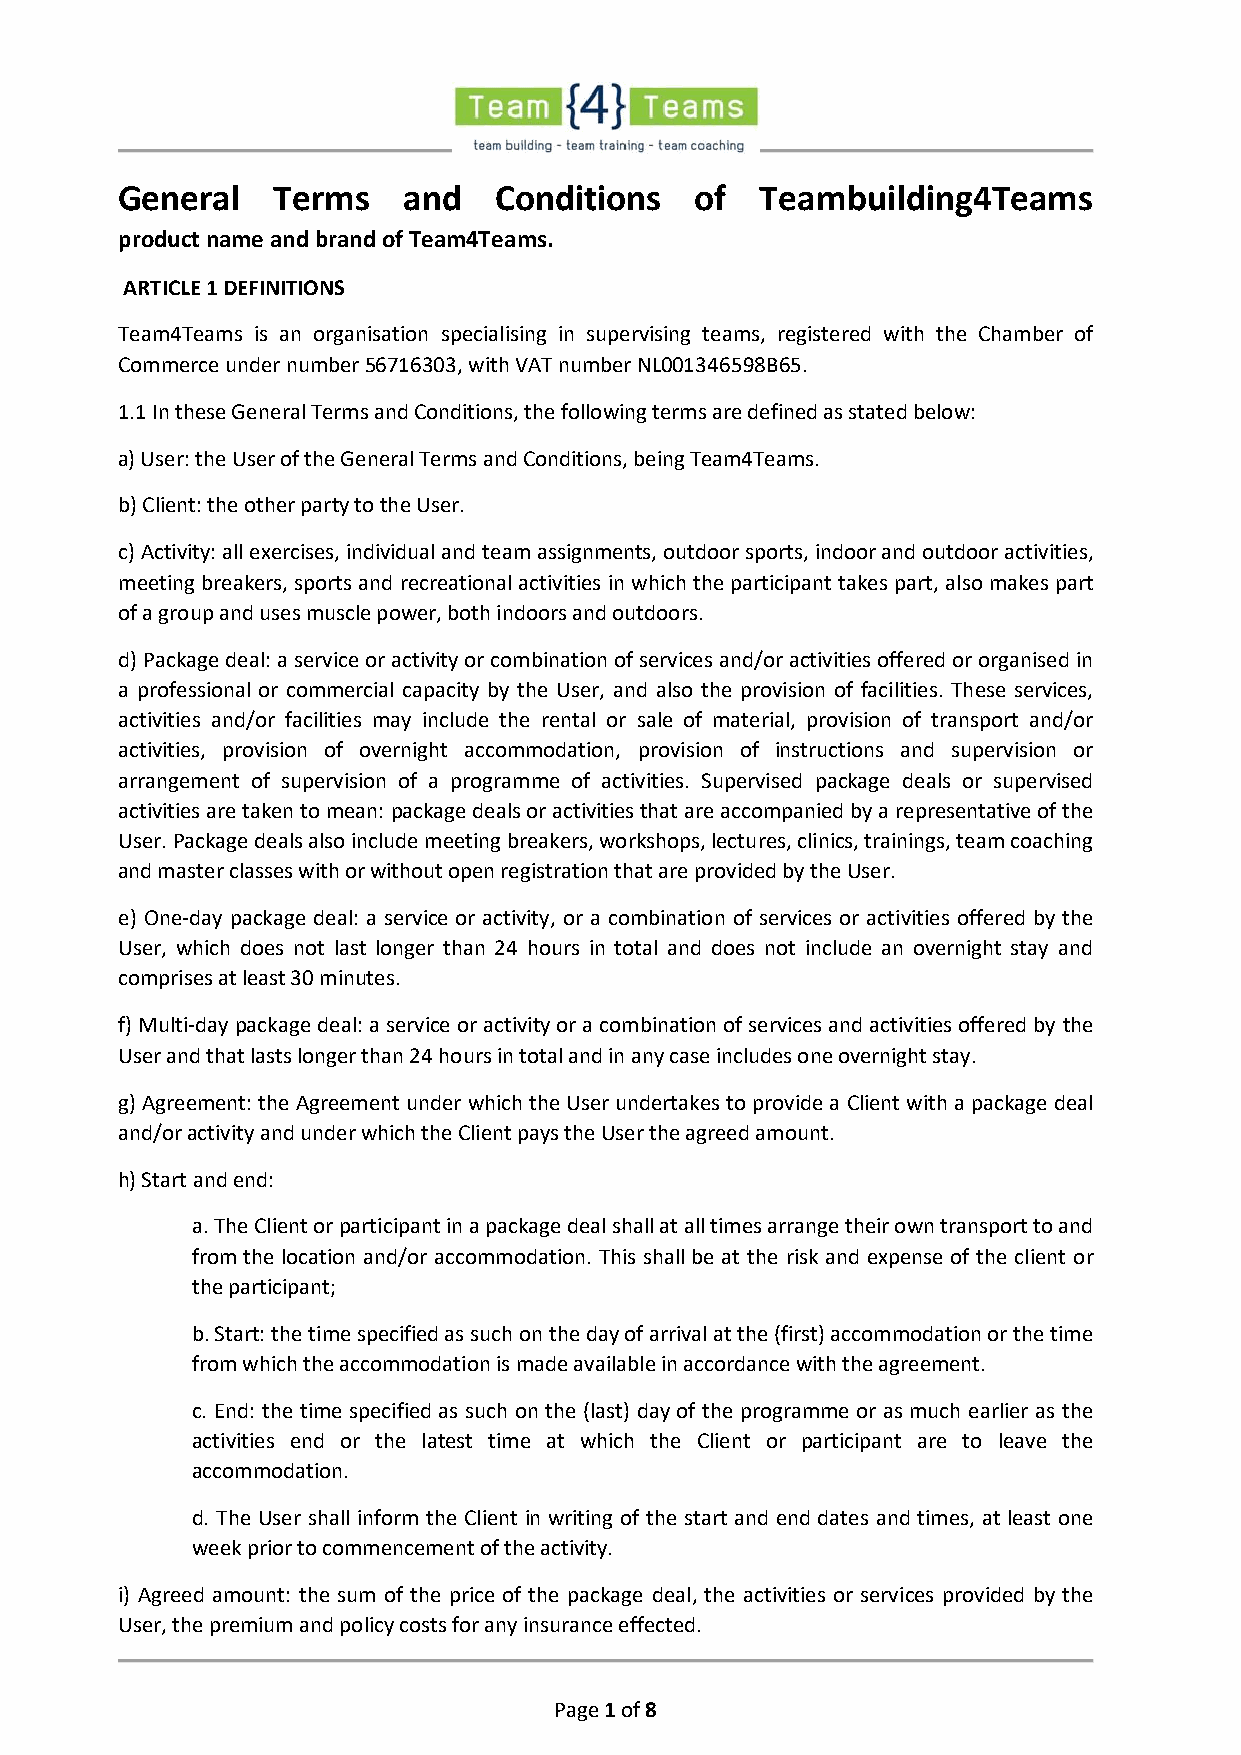
General   Terms    and   Conditions   of  Teambuilding4Teams
 product name and brand of Team4Teams.
 ARTICLE 1 DEFINITIONS
 Team4Teams is an organisation specialising in supervising teams, registered with the Chamber of
 Commerce under number 56716303, with VAT number NL001346598B65.
 1.1 In these General Terms and Conditions, the following terms are defined as stated below:
 a) User: the User of the General Terms and Conditions, being Team4Teams.
 b) Client: the other party to the User.
 c) Activity: all exercises, individual and team assignments, outdoor sports, indoor and outdoor activities,
 meeting breakers, sports and recreational activities in which the participant takes part, also makes part
 of a group and uses muscle power, both indoors and outdoors.
 d) Package deal: a service or activity or combination of services and/or activities offered or organised in
 a professional or commercial capacity by the User, and also the provision of facilities. These services,
 activities and/or facilities may include the rental or sale of material, provision of transport and/or
 activities, provision of overnight accommodation, provision of instructions and supervision or
 arrangement of supervision of a programme of activities. Supervised package deals or supervised
 activities are taken to mean: package deals or activities that are accompanied by a representative of the
 User. Package deals also include meeting breakers, workshops, lectures, clinics, trainings, team coaching
 and master classes with or without open registration that are provided by the User.
 e) One-day package deal: a service or activity, or a combination of services or activities offered by the
 User, which does not last longer than 24 hours in total and does not include an overnight stay and
 comprises at least 30 minutes.
 f) Multi-day package deal: a service or activity or a combination of services and activities offered by the
 User and that lasts longer than 24 hours in total and in any case includes one overnight stay.
 g) Agreement: the Agreement under which the User undertakes to provide a Client with a package deal
 and/or activity and under which the Client pays the User the agreed amount.
 h) Start and end:
 a. The Client or participant in a package deal shall at all times arrange their own transport to and
 from the location and/or accommodation. This shall be at the risk and expense of the client or
 the participant;
 b. Start: the time specified as such on the day of arrival at the (first) accommodation or the time
 from which the accommodation is made available in accordance with the agreement.
 c. End: the time specified as such on the (last) day of the programme or as much earlier as the
 activities end or the latest time at which the Client or participant are to leave the
 accommodation.
 d. The User shall inform the Client in writing of the start and end dates and times, at least one
 week prior to commencement of the activity.
 i) Agreed amount: the sum of the price of the package deal, the activities or services provided by the
 User, the premium and policy costs for any insurance effected.
 Page 1 of 8